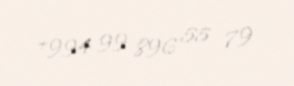
+994 99 896 55 79